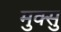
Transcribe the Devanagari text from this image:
मुक्सु